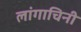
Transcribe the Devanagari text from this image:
लांगाचिनी